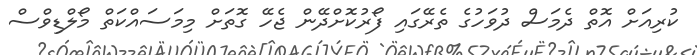
ކުރިއަށް އޮތް ދެމަސް ދުވަހުގެ ތެރޭގައި ފޯރުކޮށްދޭން ޖެހޭ ގޮތަށް މިމަސައްކަތް މޯލްޑިވްސް